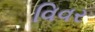
વિવર